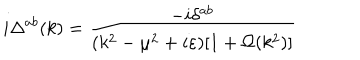
LaTeX: i \Delta ^ { a b } ( k ) = \frac { - i \delta ^ { a b } } { ( k ^ { 2 } - \mu ^ { 2 } + i \varepsilon ) [ 1 + \Omega ( k ^ { 2 } ) ] }